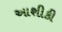
આશીકી